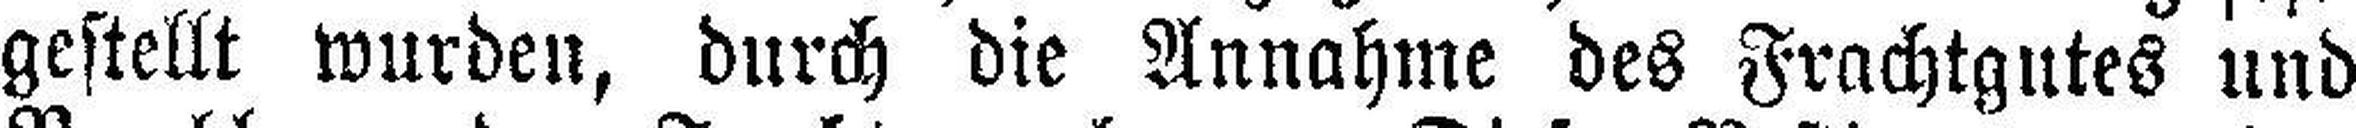
gestellt wurden, durch die Annahme des Frachtgutes und